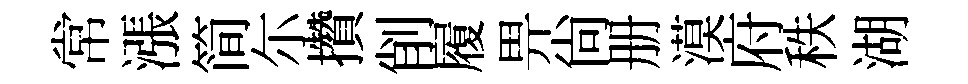
常漲简尓攢削履畀尚册漠府秩湖